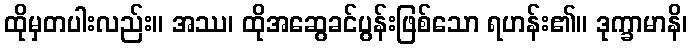
ထိုမှတပါးလည်း။ အဿ၊ ထိုအဆွေခင်ပွန်းဖြစ်သော ရဟန်း၏။ ဒုက္ခာမာနိ၊